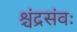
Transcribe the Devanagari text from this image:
श्चंद्रसंवः